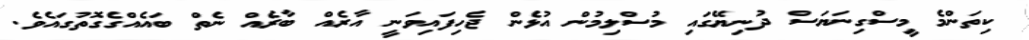
ކިތަންމެ މީސްގިނަޔަސް ދުނިޔޭގައި މުސްލިމުން އުޅެން ޖެހިފައިވަނީ އާރެއް ބާރެއް ނެތް ބައެއްގެގޮތުގައެވެ.